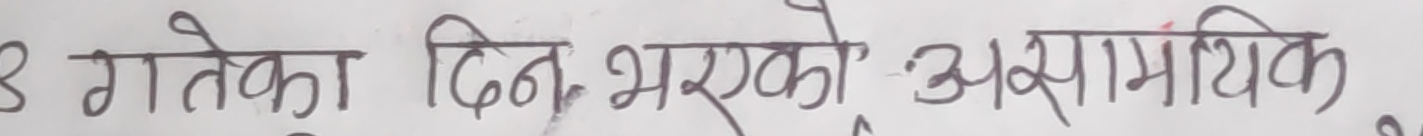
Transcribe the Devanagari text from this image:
३ गतेका दिन भरेको असामयिक